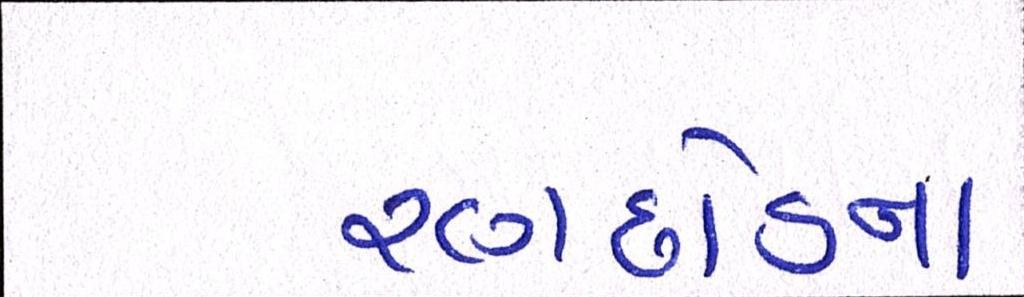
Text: રણછોડના